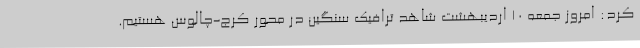
کرد: امروز جمعه ۱۰ اردیبهشت شاهد ترافیک سنگین در محور کرج-چالوس هستیم.